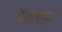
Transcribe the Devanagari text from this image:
दाखल्यामुळे